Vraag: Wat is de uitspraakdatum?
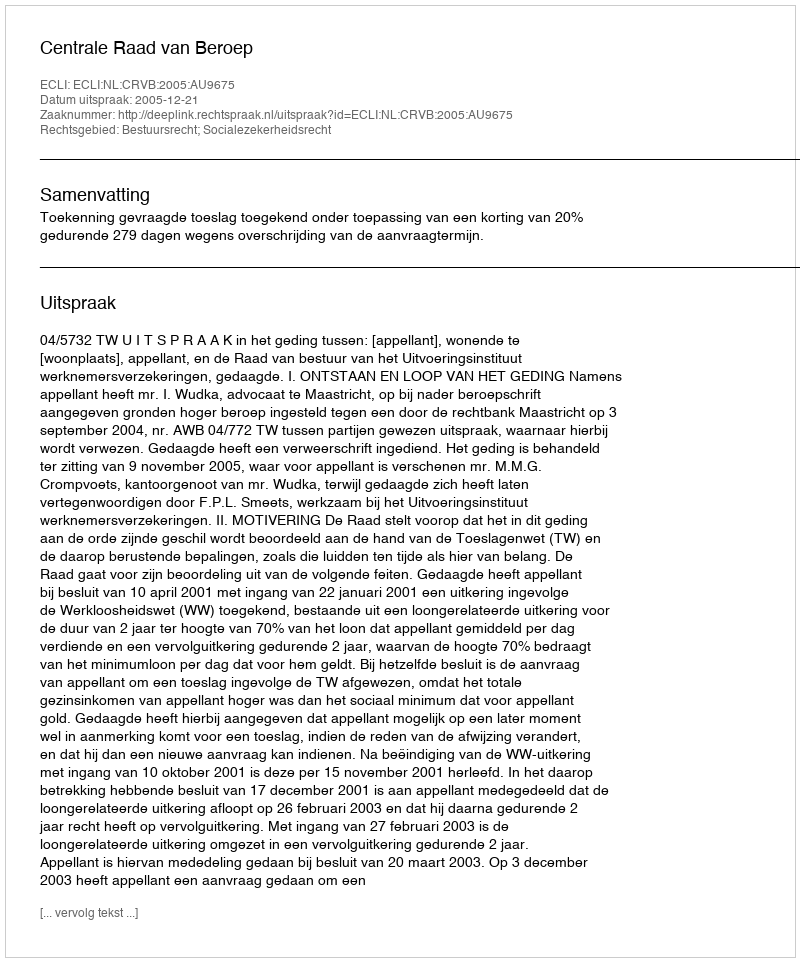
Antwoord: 2005-12-21